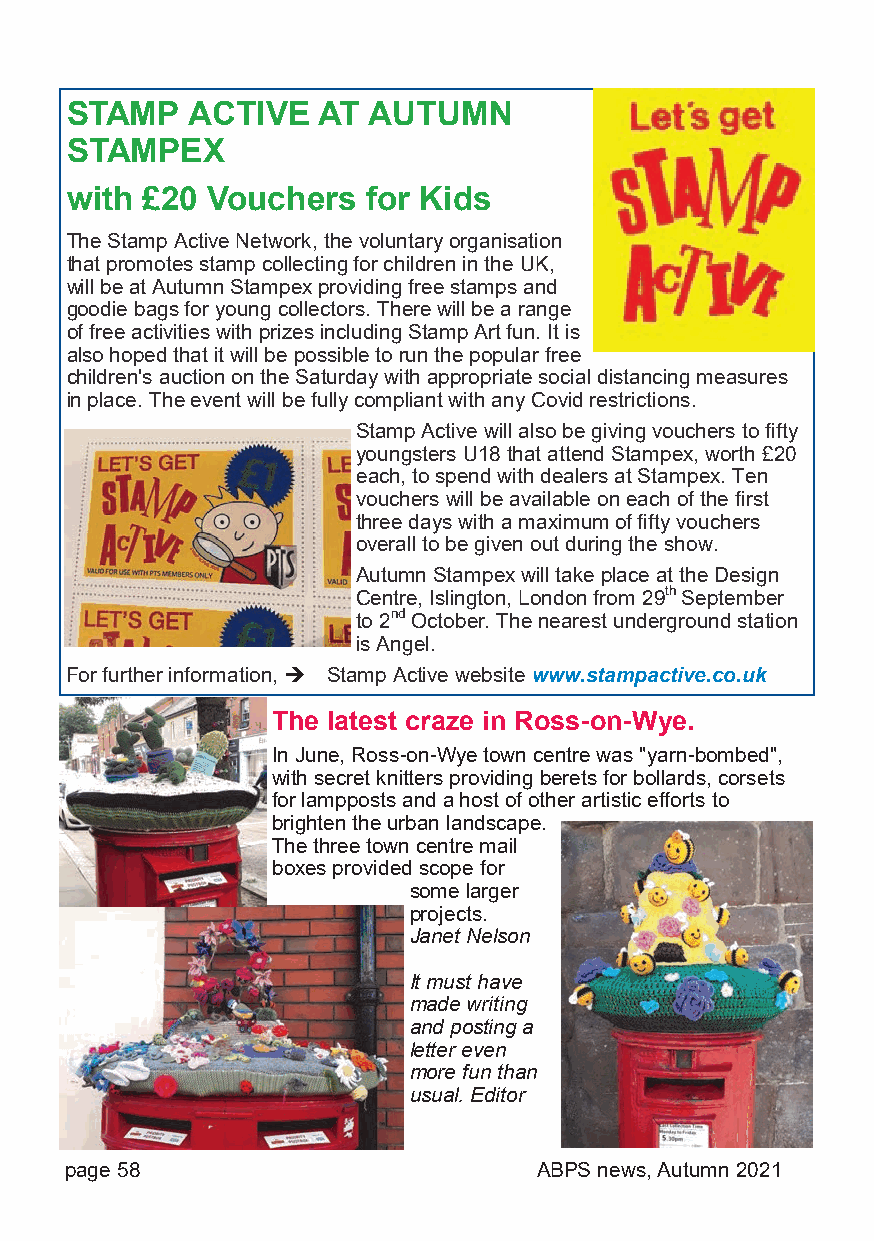
STAMP   ACTIVE   AT AUTUMN
 STAMPEX
 with £20  Vouchers  for Kids
 The Stamp Active Network, the voluntary organisation
 that promotes stamp collecting for children in the UK,
 will be at Autumn Stampex providing free stamps and
 goodie bags for young collectors. There will be a range
 of free activities with prizes including Stamp Art fun. It is
 also hoped that it will be possible to run the popular free
 children's auction on the Saturday with appropriate social distancing measures
 in place. The event will be fully compliant with any Covid restrictions.
 Stamp Active will also be giving vouchers to fifty
 youngsters U18 that attend Stampex, worth £20
 each, to spend with dealers at Stampex. Ten
 vouchers will be available on each of the first
 three days with a maximum of fifty vouchers
 overall to be given out during the show.
 Autumn Stampex will take place at the Design
 Centre, Islington, London from 29th September
 to 2nd October. The nearest underground station
 is Angel.
 For further information, Stamp Active website www.stampactive.co.uk
 The latest craze in Ross-on-Wye.
 In June, Ross-on-Wye town centre was "yarn-bombed",
 with secret knitters providing berets for bollards, corsets
 for lampposts and a host of other artistic efforts to
 brighten the urban landscape.
 The three town centre mail
 boxes provided scope for
 some larger
 projects.
 Janet Nelson
 It must have
 made writing
 and posting a
 letter even
 more fun than
 usual. Editor
 page 58                         ABPS news, Autumn 2021